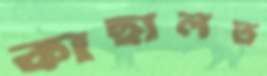
কাছালত